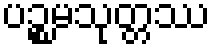
ပဉ္စမသုတ္တဿ